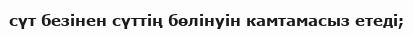
сүт безінен сүттің бөлінуін камтамасыз етеді;